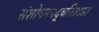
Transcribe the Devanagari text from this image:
संशोधनपद्धतिशास्त्र